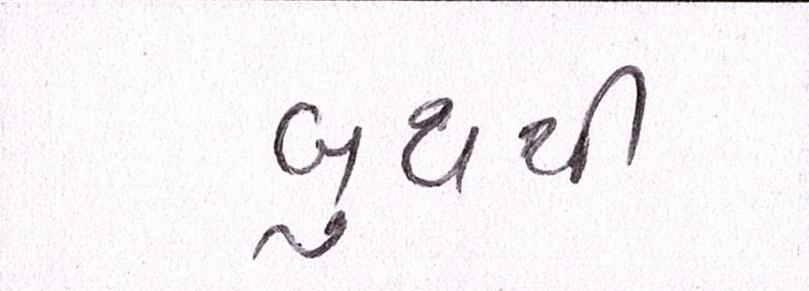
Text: બુથથી